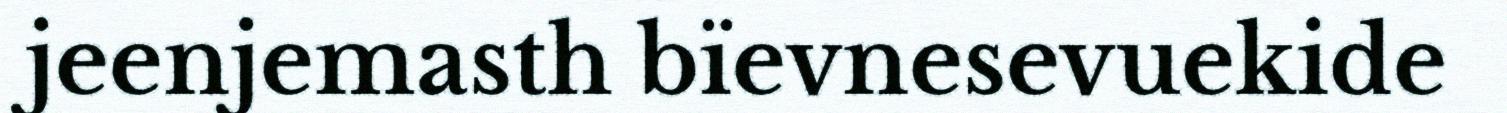
jeenjemasth bïevnesevuekide